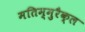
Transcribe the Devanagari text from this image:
मतिम्मुरैक्ल